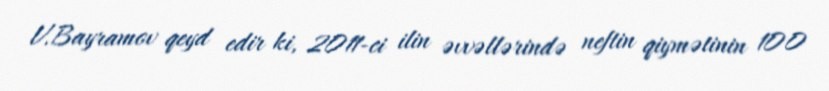
V.Bayramov qeyd edir ki, 2011-ci ilin əvvəllərində neftin qiymətinin 100